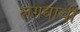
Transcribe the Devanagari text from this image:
लगद्याची